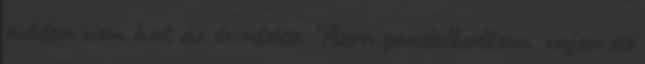
módon nem hat az érintése. "Azon gondolkodtam, vajon az